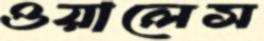
ওয়ালেস